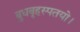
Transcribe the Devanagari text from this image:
बुधबृहस्पतयो।